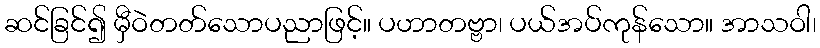
ဆင်ခြင်၍ မှီဝဲတတ်သောပညာဖြင့်။ ပဟာတဗ္ဗာ၊ ပယ်အပ်ကုန်သော။ အာသဝါ၊